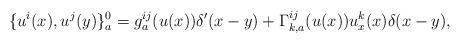
LaTeX: \begin{align*}\{ u^i(x) , u^j(y) \}^0_a = g^{ij}_a (u(x)) \delta'(x-y) + \Gamma_{k,a}^{ij} (u(x)) u_x^k(x) \delta(x-y), \end{align*}